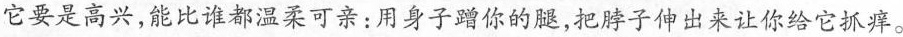
它要是高兴，能比谁都温柔可亲：用身子蹭你的腿，把脖子伸出来让你给它抓痒。